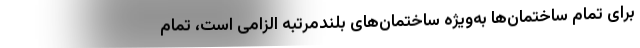
برای تمام ساختمان‌ها به‌ویژه ساختمان‌های بلندمرتبه الزامی است، تمام